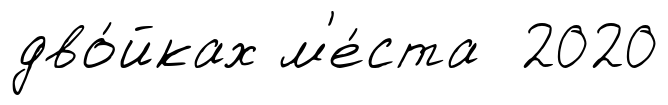
дво́йках м'е́ста 2020